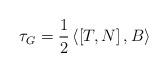
LaTeX: \begin{align*}\tau _{G}=\frac{1}{2}\left\langle \left[ T,N\right] ,B\right\rangle \end{align*}